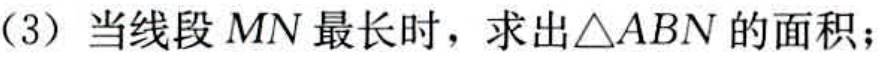
(3) 当线段 \(MN\) 最长时，求出\(\triangle ABN\) 的面积；